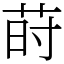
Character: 莳